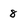
Character: 8